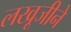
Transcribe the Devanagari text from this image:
लखूजीने